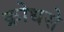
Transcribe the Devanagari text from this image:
क्रोधसे